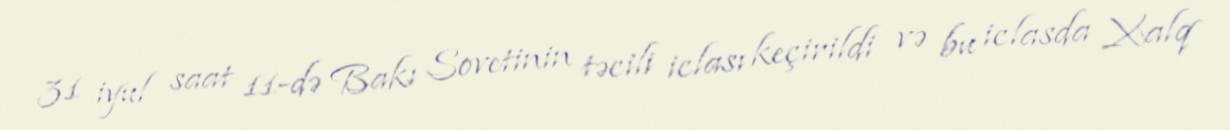
31 iyul saat 11-də Bakı Sovetinin təcili iclası keçirildi və bu iclasda Xalq